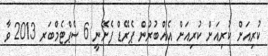
ކުރިއަށް ކުރިއަށް ކުރިއަށް އެއްބުރުން ޕެރޭޑް ފެށޭނީ 6 ސެޕްޓެމްބަރ 2013 ވާ